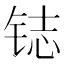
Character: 𲇽